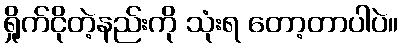
ရှိုက်ငိုတဲ့နည်းကို သုံးရ တော့တာပါပဲ။